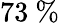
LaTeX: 73\ \%